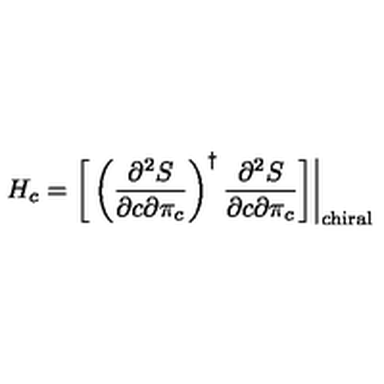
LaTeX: H _ { c } = \bigg [ \left( { \frac { \partial ^ { 2 } S } { \partial c \partial \pi _ { c } } } \right) ^ { \dagger } { \frac { \partial ^ { 2 } S } { \partial c \partial \pi _ { c } } } \bigg ] \bigg | _ { \mathrm { c h i r a l } }